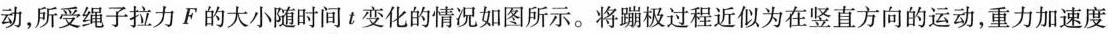
动，所受绳子拉力F的大小随时间t变化的情况如图所示。将蹦极过程近似为在竖直方向的运动，重力加速度